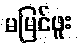
မမြင်ဖူး